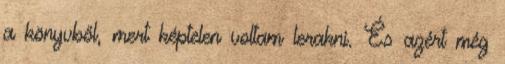
a könyvből, mert képtelen voltam lerakni. És azért még